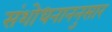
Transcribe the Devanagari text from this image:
संशोधनाननुसार